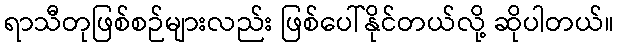
ရာသီတုဖြစ်စဉ်များလည်း ဖြစ်ပေါ်နိုင်တယ်လို့ ဆိုပါတယ်။